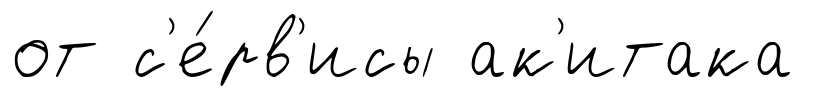
от с'е́рв'исы ак'итака